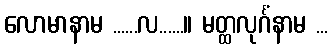
လောမာနာမ ......လ......။ မတ္ထလုင်္ဂံနာမ ...